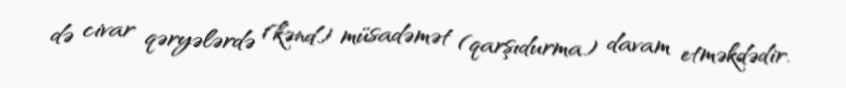
də civar qəryələrdə (kənd) müsadəmət (qarşıdurma) davam etməkdədir.